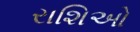
રાશિઓ